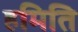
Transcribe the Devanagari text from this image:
हमिति